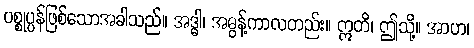
ပစ္စုပ္ပန်ဖြစ်သောအခါသည်။ အဒ္ဓါ၊ အဓွန့်ကာလတည်း။ ဣတိ၊ ဤသို့။ အာဟ၊